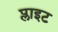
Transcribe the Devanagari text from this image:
प्लाइट